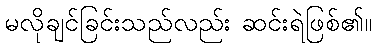
မလိုချင်ခြင်းသည်လည်း ဆင်းရဲဖြစ်၏။